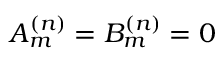
A _ { m } ^ { ( n ) } = B _ { m } ^ { ( n ) } = 0